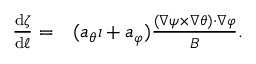
\begin{array} { r l } { \frac { \mathrm { d } \zeta } { \mathrm { d } \ell } = } & { { } ( a _ { \theta } \iota + a _ { \varphi } ) \frac { \left( \nabla \psi \times \nabla \theta \right) \cdot \nabla \varphi } { B } . } \end{array}